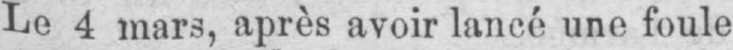
Le 4 mars, après avoir lancé une foule